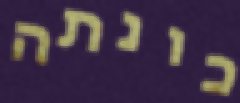
כונתה